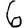
Digit: 6